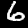
Label: 6